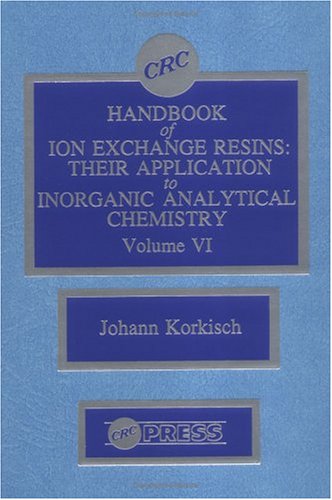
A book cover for CRC Handbook of Ion Exchange Resins, Volume VI; Johann Korkisch; Science & Math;